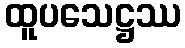
ထူပသေဋ္ဌဿ